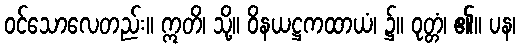
ဝင်သောလေတည်း။ ဣတိ၊ သို့။ ဝိနယဋ္ဌကထာယံ၊ ၌။ ဝုတ္တံ၊ ၏။ ပန၊